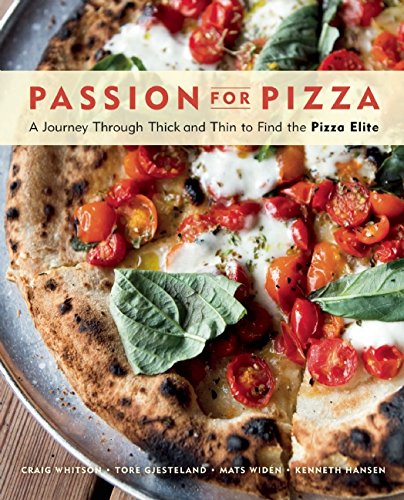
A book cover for Passion for Pizza: A Journey Through Thick and Thin to Find the Pizza Elite; Craig Whitson; Cookbooks, Food & Wine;